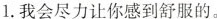
1.我会尽力让你感到舒服的。